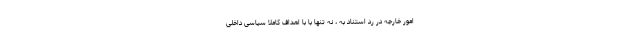
امور خارجه در رد استناد به ، نه تنها با با اهداف کاملاً سیاسی داخلی